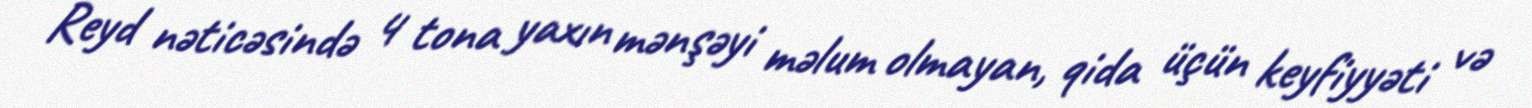
Reyd nəticəsində 4 tona yaxın mənşəyi məlum olmayan, qida üçün keyfiyyəti və